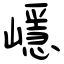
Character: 嶾